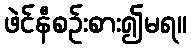
ဖဲင်နီစဉ်းစား၍မရ။